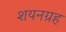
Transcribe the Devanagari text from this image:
शयनग्रह